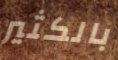
بالكثير